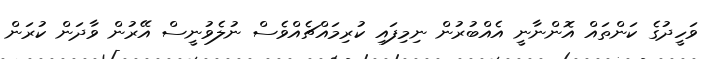
ވަހީދުގެ ކަންތައް އޮންނާނީ އެއްބުރުން ނިމިފައި ކުރިމައްޗެއްވެސް ނުލެވުނީސް އޭރުން ވާދަން ކުރަން